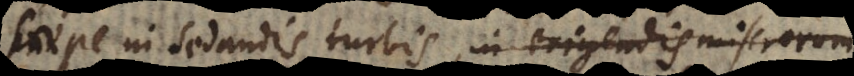
saepe in sedandis turbis, in solandis miser